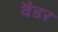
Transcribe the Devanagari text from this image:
वैडर